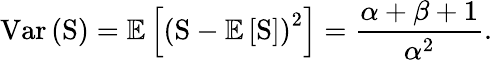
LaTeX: \mathrm{Var}\left(\mathrm{S}\right)=\mathbb{E}\left[\left(\mathrm{S}-\mathbb{E}\left[\mathrm{S}\right]\right)^{2}\right]=\frac{\alpha+\beta+1}{\alpha^{2}}.